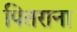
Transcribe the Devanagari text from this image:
पितराना